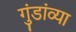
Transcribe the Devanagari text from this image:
गुंडांव्या